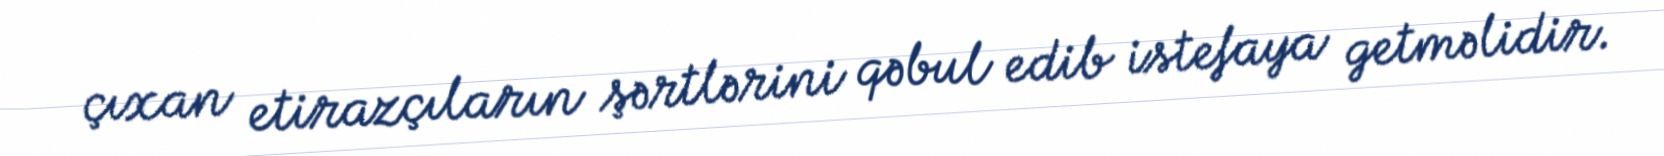
çıxan etirazçıların şərtlərini qəbul edib istefaya getməlidir.